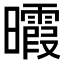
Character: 𣌊